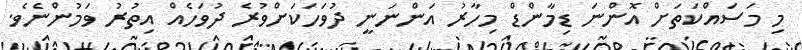
މި މަސައްކަތަށް އޮންނަ ޑިމާންޑް މިހާރު އަންނަނީ ދުވަހަކަށްވުރެ ދުވަހެއް އިތުރު ވަމުންނެވެ.